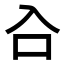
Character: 𭆹